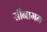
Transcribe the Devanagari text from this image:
सीनामन